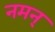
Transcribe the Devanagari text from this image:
नमन्